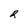
Character: R